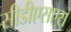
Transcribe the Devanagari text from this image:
सीडीएसएस